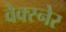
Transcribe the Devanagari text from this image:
वेक्स्नेर